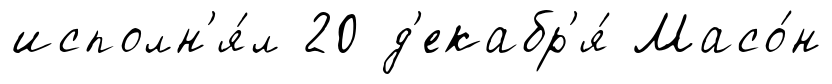
исполн'я́л 20 д'екабр'я́ Масо́н